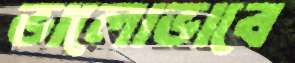
ভালোভাবে